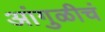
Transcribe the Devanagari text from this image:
आंगुळीचं